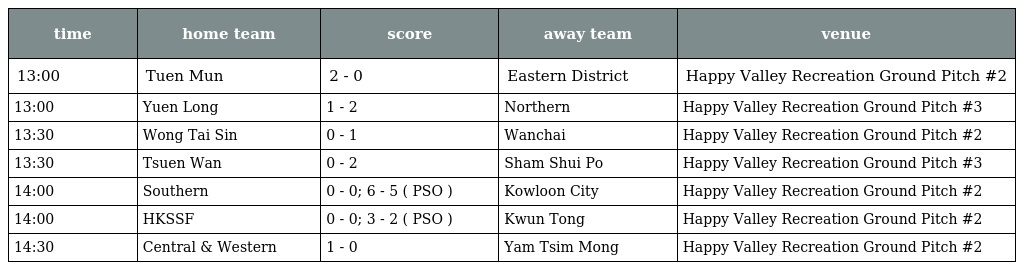
| time | home team | score | away team | venue |
 | --- | --- | --- | --- | --- |
 | 13:00 | Tuen Mun | 2 - 0 | Eastern District | Happy Valley Recreation Ground Pitch #2 |
 | 13:00 | Yuen Long | 1 - 2 | Northern | Happy Valley Recreation Ground Pitch #3 |
 | 13:30 | Wong Tai Sin | 0 - 1 | Wanchai | Happy Valley Recreation Ground Pitch #2 |
 | 13:30 | Tsuen Wan | 0 - 2 | Sham Shui Po | Happy Valley Recreation Ground Pitch #3 |
 | 14:00 | Southern | 0 - 0; 6 - 5 ( PSO ) | Kowloon City | Happy Valley Recreation Ground Pitch #2 |
 | 14:00 | HKSSF | 0 - 0; 3 - 2 ( PSO ) | Kwun Tong | Happy Valley Recreation Ground Pitch #2 |
 | 14:30 | Central & Western | 1 - 0 | Yam Tsim Mong | Happy Valley Recreation Ground Pitch #2 |